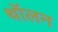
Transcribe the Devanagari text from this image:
थॉलन